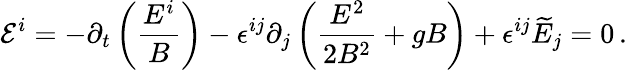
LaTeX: \mathcal{E}^{i}=-\partial_{t}\left(\frac{E^{i}}{B}\right)-\epsilon^{ij}\partial_{j}\left(\frac{E^{2}}{2B^{2}}+gB\right)+\epsilon^{ij}\widetilde{E}_{j}=0\, .